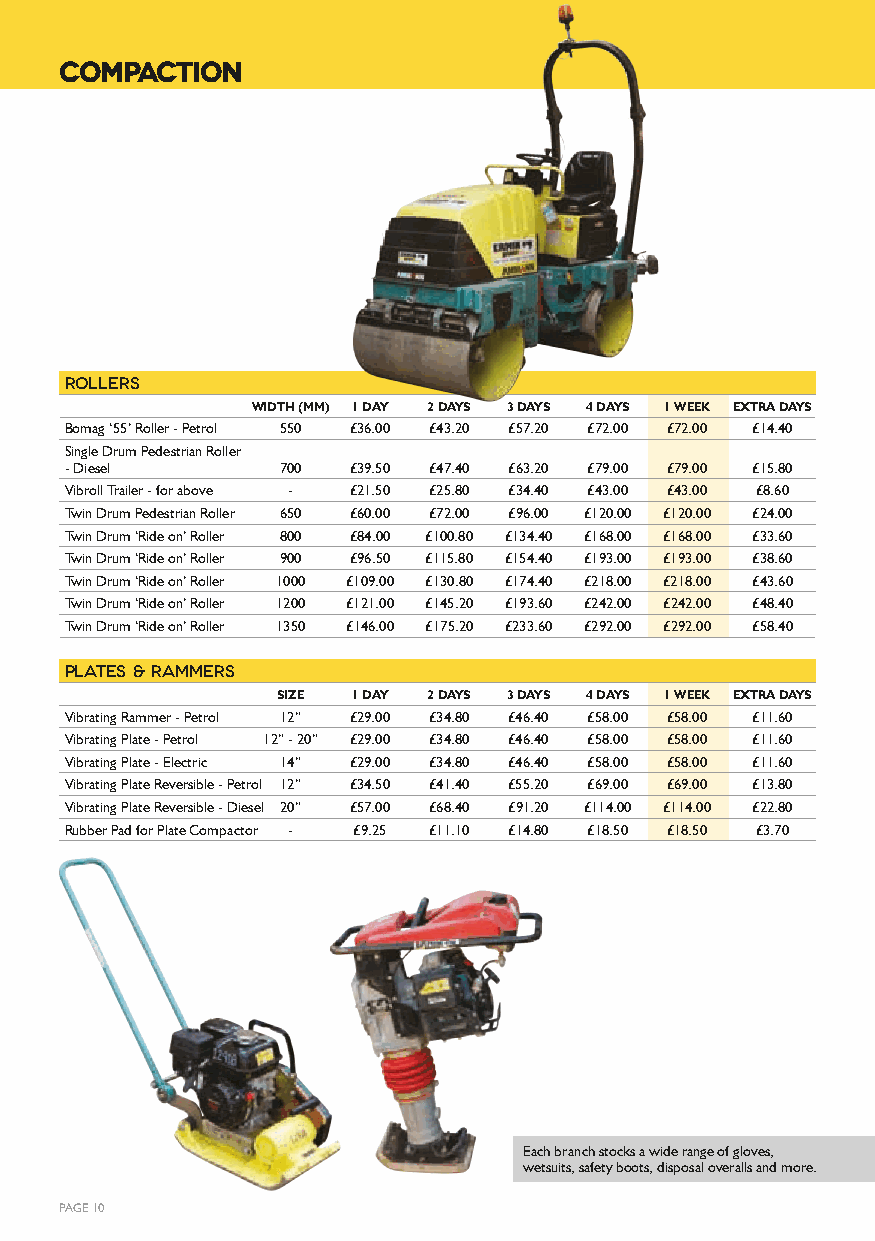
COMPACTION
 rollers
 WIDTH (MM) 1 DAY 2 DAYS 3 DAYS 4 DAYS 1 WEEK EXTRA DAYS
 Bomag ‘55’ Roller - Petrol 550 £36.00 £43.20 £57.20 £72.00 £72.00 £14.40
 Single Drum Pedestrian Roller
 - Diesel      700  £39.50 £47.40 £63.20 £79.00 £79.00 £15.80
 Vibroll Trailer - for above - £21.50 £25.80 £34.40 £43.00 £43.00 £8.60
 Twin Drum Pedestrian Roller 650 £60.00 £72.00 £96.00 £120.00 £120.00 £24.00
 Twin Drum ‘Ride on’ Roller 800 £84.00 £100.80 £134.40 £168.00 £168.00 £33.60
 Twin Drum ‘Ride on’ Roller 900 £96.50 £115.80 £154.40 £193.00 £193.00 £38.60
 Twin Drum ‘Ride on’ Roller 1000 £109.00 £130.80 £174.40 £218.00 £218.00 £43.60
 Twin Drum ‘Ride on’ Roller 1200 £121.00 £145.20 £193.60 £242.00 £242.00 £48.40
 Twin Drum ‘Ride on’ Roller 1350 £146.00 £175.20 £233.60 £292.00 £292.00 £58.40
 Plates & Rammers
 SIZE 1 DAY 2 DAYS 3 DAYS 4 DAYS 1 WEEK EXTRA DAYS
 Vibrating Rammer - Petrol 12” £29.00 £34.80 £46.40 £58.00 £58.00 £11.60
 Vibrating Plate - Petrol 12” - 20” £29.00 £34.80 £46.40 £58.00 £58.00 £11.60
 Vibrating Plate - Electric 14” £29.00 £34.80 £46.40 £58.00 £58.00 £11.60
 Vibrating Plate Reversible - Petrol 12” £34.50 £41.40 £55.20 £69.00 £69.00 £13.80
 Vibrating Plate Reversible - Diesel 20” £57.00 £68.40 £91.20 £114.00 £114.00 £22.80
 Rubber Pad for Plate Compactor - £9.25 £11.10 £14.80 £18.50 £18.50 £3.70
 Each branch stocks a wide range of gloves,
 wetsuits, safety boots, disposal overalls and more.
 PAGE 10